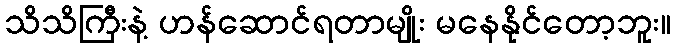
သိသိကြီးနဲ့ ဟန်ဆောင်ရတာမျိုး မနေနိုင်တော့ဘူး။